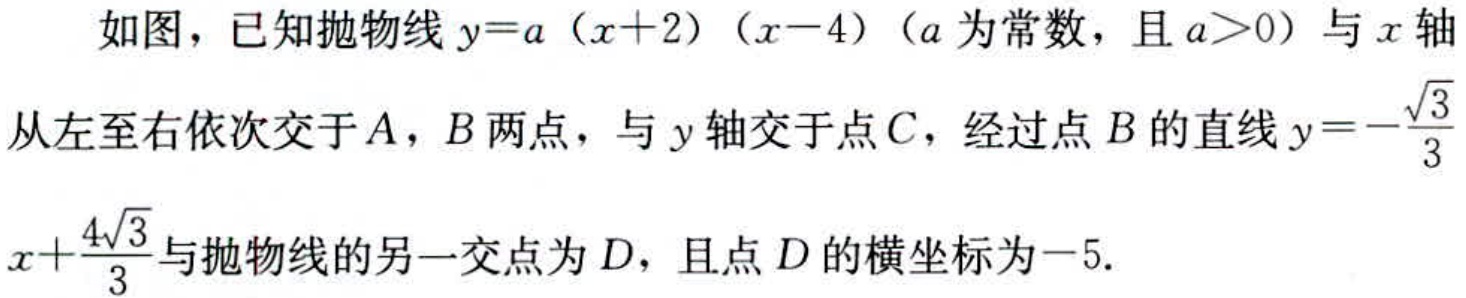
如图，已知抛物线\(y = a(x + 2)(x - 4)\)（\(a\)为常数，且\(a>0\)）与\(x\)轴从左至右依次交于\(A\)，\(B\)两点，与\(y\)轴交于点\(C\)，经过点\(B\)的直线\(y = -\frac{\sqrt{3}}{3}x+\frac{4\sqrt{3}}{3}\)与抛物线的另一交点为\(D\)，且点\(D\)的横坐标为\(-5\).